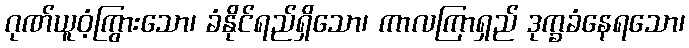
ဂုဏ်ယူဝံ့ကြွားသော၊ ခံနိုင်ရည်ရှိသော၊ ကာလကြာရှည် ဒုက္ခခံနေရသော၊